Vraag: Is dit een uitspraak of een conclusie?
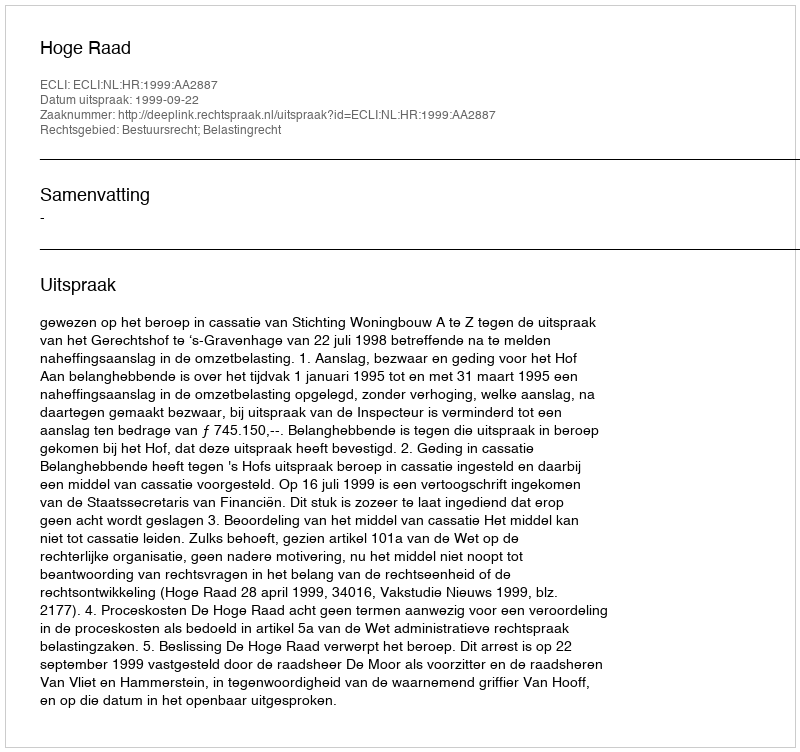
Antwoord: Uitspraak